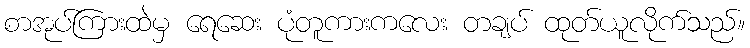
စာအုပ်ကြားထဲမှ ရေဆေး ပုံတူကားကလေး တချပ် ထုတ်ယူလိုက်သည်။